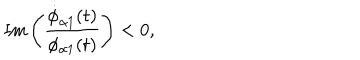
LaTeX: \mathrm { I m } \left( \frac { \dot { \phi } _ { \alpha 1 } ( t ) } { \phi _ { \alpha 1 } ( t ) } \right) < 0 ,